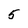
Character: 5